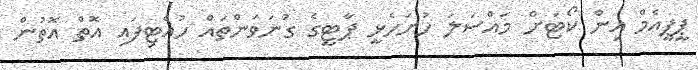
ޕީޕީއެމް އިން ކޯޓަށް މައްސަލަ ހުށަހެޅީ ޕާޓީގެ ގުނަވަންތައް ހުއްޓިފައި އޮތް އޮތުން